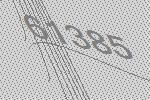
61385